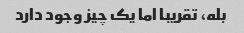
بله، تقریبا اما یک چیز وجود دارد